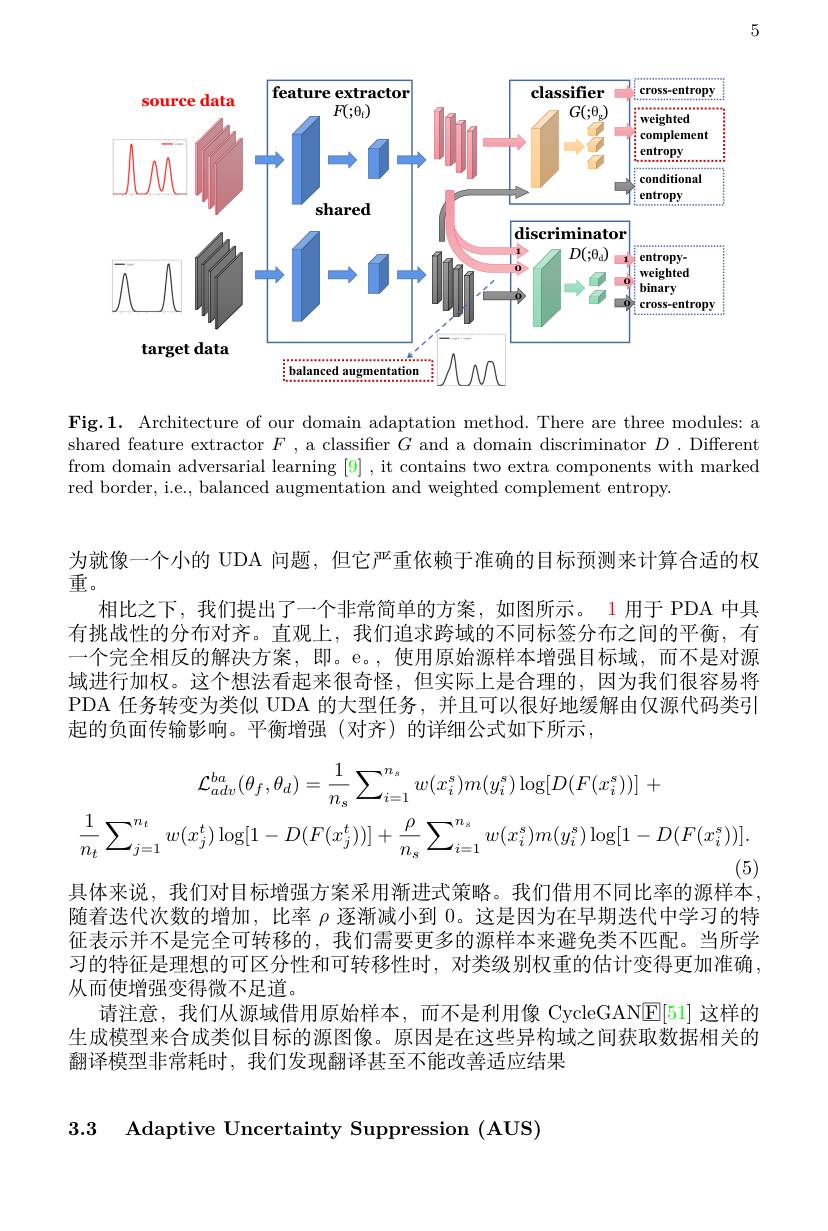
5

<FigureHere>

Fig.1. Architecture of our domain adaptation method. There are three modules: a shared feature extractor $F$, a classifier $G$ and a domain discriminator $D.$ Different from domain adversarial learning [9], it contains two extra components with marked red border, i.e., balanced augmentation and weighted complement entropy.

为就像一个小的 UDA 问题，但它严重依赖于准确的目标预测来计算合适的权
重。
相比之下，我们提出了一个非常简单的方案，如图所示。1用于 PDA 中具有挑战性的分布对齐。直观上，我们追求跨域的不同标签分布之间的平衡，有一个完全相反的解决方案，即。e。,使用原始源样本增强目标域，而不是对源域进行加权。这个想法看起来很奇怪，但实际上是合理的，因为我们很容易将PDA 任务转变为类似 UDA 的大型任务，并且可以很好地缓解由仅源代码类引起的负面传输影响。平衡增强(对齐)的详细公式如下所示，
$$\mathcal{L}_{adv}^{ba}(\theta_{f},\theta_{d})=\frac{1}{n_{s}}\sum_{i=1}^{n_{s}}w(x_{i}^{s})m(y_{i}^{s})\log[D(F(x_{i}^{s}))]\:+\\\frac{1}{n_{t}}\sum_{j=1}^{n_{t}}w(x_{j}^{t})\log[1-D(F(x_{j}^{t}))]+\frac{\rho}{n_{s}}\sum_{i=1}^{n_{s}}w(x_{i}^{s})m(y_{i}^{s})\log[1-D(F(x_{i}^{s}))].$$
具体来说，我们对目标增强方案采用渐进式策略。我们借用不同比率的源样本， 随着迭代次数的增加，比率$\rho$逐渐减小到0。这是因为在早期迭代中学习的特征表示并不是完全可转移的，我们需要更多的源样本来避免类不匹配。当所学习的特征是理想的可区分性和可转移性时，对类级别权重的估计变得更加准确， 从而使增强变得微不足道。
请注意，我们从源域借用原始样本，而不是利用像 CycleGANE[51]这样的生成模型来合成类似目标的源图像。原因是在这些异构域之间获取数据相关的翻译模型非常耗时，我们发现翻译甚至不能改善适应结果

3.3 Adaptive Uncertainty Suppression (AUS)